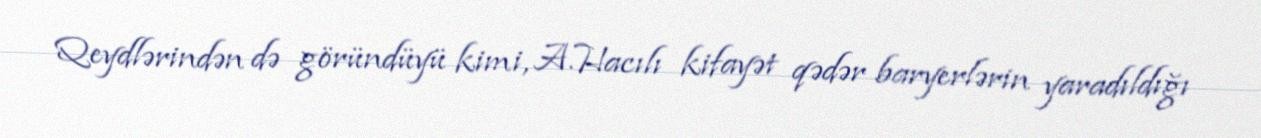
Qeydlərindən də göründüyü kimi, A.Hacılı kifayət qədər baryerlərin yaradıldığı